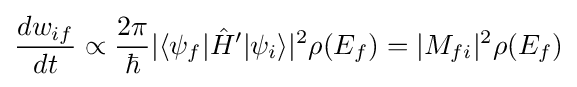
{\frac {dw_{if}}{dt}}\propto {\frac {2\pi }{\hbar }}|\langle \psi _{f}|{\hat {H}}'|\psi _{i}\rangle |^{2}\rho (E_{f})=|M_{fi}|^{2}\rho (E_{f})